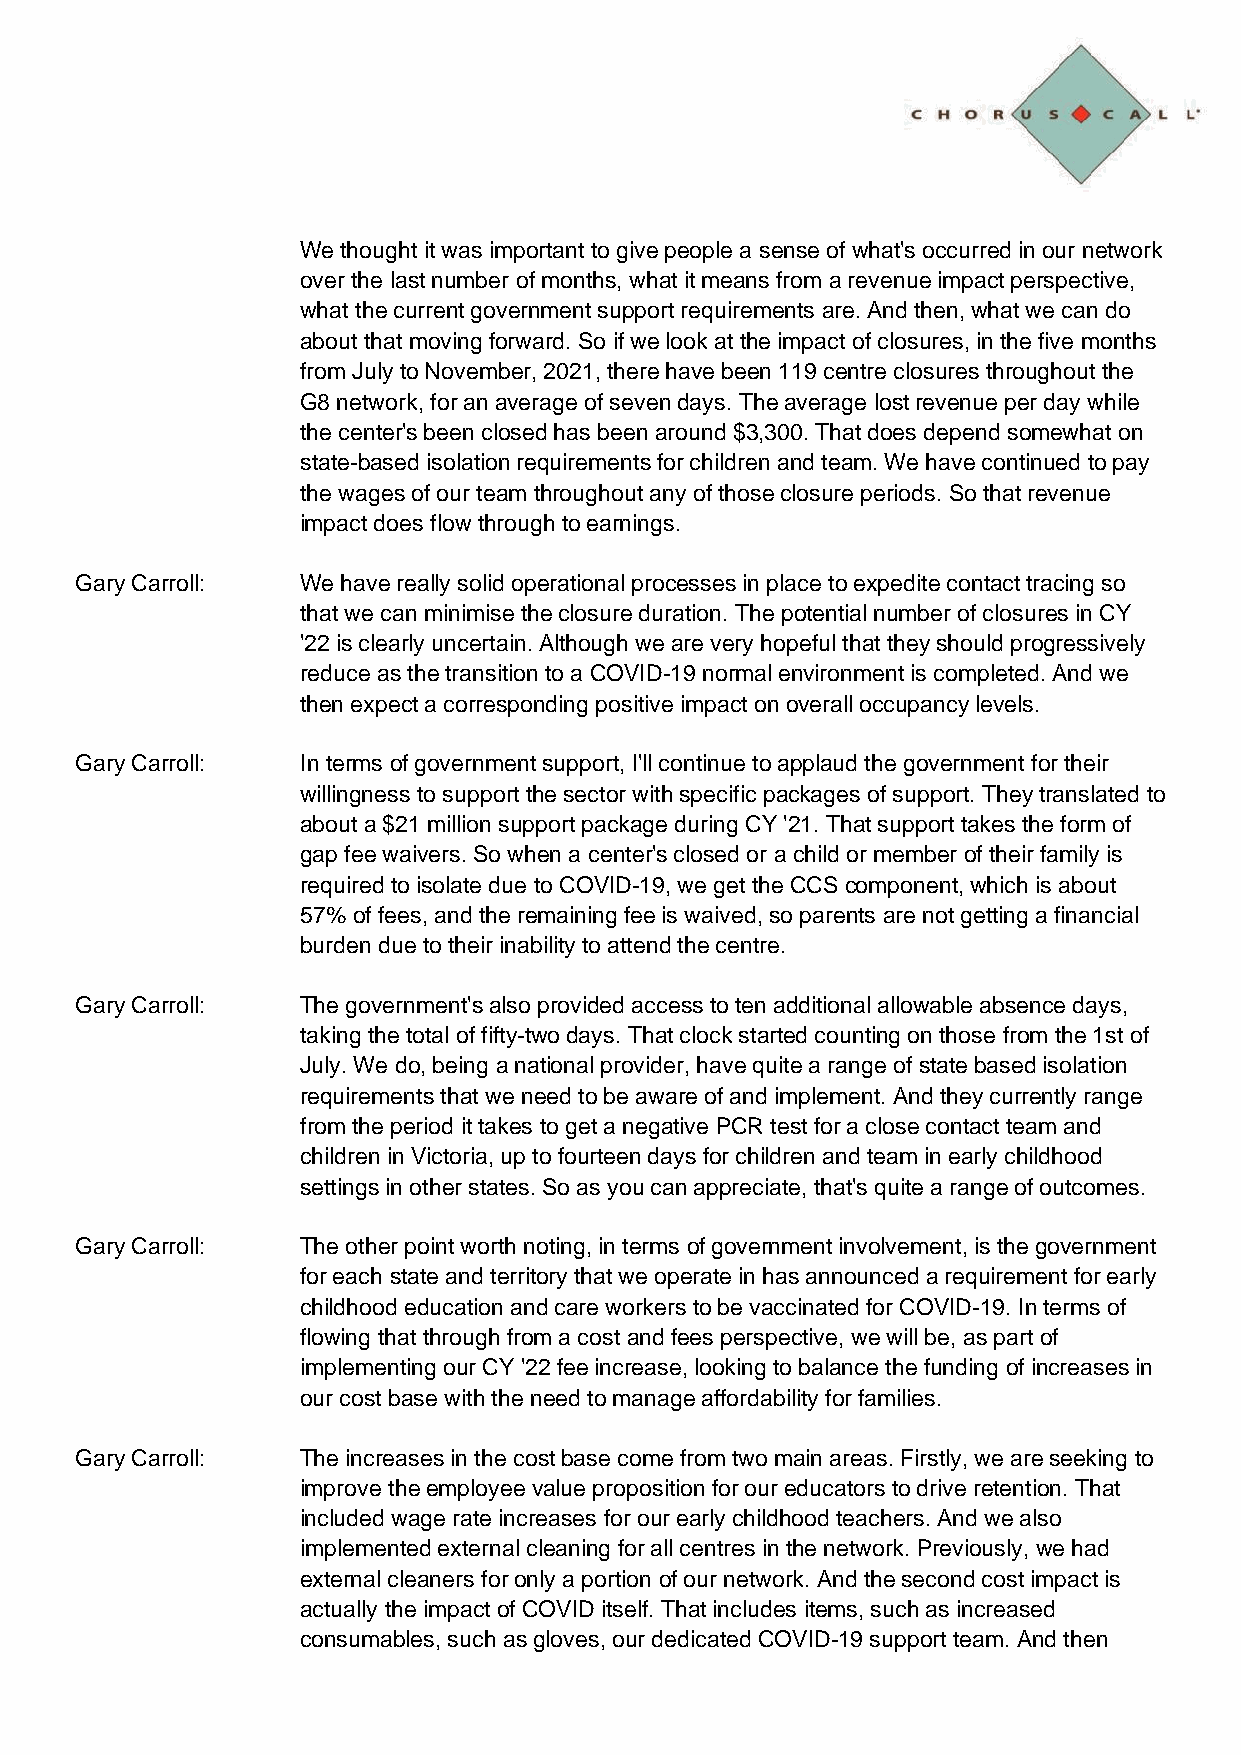
We thought it was important to give people a sense of what's occurred in our network
 over the last number of months, what it means from a revenue impact perspective,
 what the current government support requirements are. And then, what we can do
 about that moving forward. So if we look at the impact of closures, in the five months
 from July to November, 2021, there have been 119 centre closures throughout the
 G8 network, for an average of seven days. The average lost revenue per day while
 the center's been closed has been around $3,300. That does depend somewhat on
 state-based isolation requirements for children and team. We have continued to pay
 the wages of our team throughout any of those closure periods. So that revenue
 impact does flow through to earnings.
 Gary Carroll:  We have really solid operational processes in place to expedite contact tracing so
 that we can minimise the closure duration. The potential number of closures in CY
 '22 is clearly uncertain. Although we are very hopeful that they should progressively
 reduce as the transition to a COVID-19 normal environment is completed. And we
 then expect a corresponding positive impact on overall occupancy levels.
 Gary Carroll:  In terms of government support, I'll continue to applaud the government for their
 willingness to support the sector with specific packages of support. They translated to
 about a $21 million support package during CY '21. That support takes the form of
 gap fee waivers. So when a center's closed or a child or member of their family is
 required to isolate due to COVID-19, we get the CCS component, which is about
 57% of fees, and the remaining fee is waived, so parents are not getting a financial
 burden due to their inability to attend the centre.
 Gary Carroll:  The government's also provided access to ten additional allowable absence days,
 taking the total of fifty-two days. That clock started counting on those from the 1st of
 July. We do, being a national provider, have quite a range of state based isolation
 requirements that we need to be aware of and implement. And they currently range
 from the period it takes to get a negative PCR test for a close contact team and
 children in Victoria, up to fourteen days for children and team in early childhood
 settings in other states. So as you can appreciate, that's quite a range of outcomes.
 Gary Carroll:  The other point worth noting, in terms of government involvement, is the government
 for each state and territory that we operate in has announced a requirement for early
 childhood education and care workers to be vaccinated for COVID-19. In terms of
 flowing that through from a cost and fees perspective, we will be, as part of
 implementing our CY '22 fee increase, looking to balance the funding of increases in
 our cost base with the need to manage affordability for families.
 Gary Carroll:  The increases in the cost base come from two main areas. Firstly, we are seeking to
 improve the employee value proposition for our educators to drive retention. That
 included wage rate increases for our early childhood teachers. And we also
 implemented external cleaning for all centres in the network. Previously, we had
 external cleaners for only a portion of our network. And the second cost impact is
 actually the impact of COVID itself. That includes items, such as increased
 consumables, such as gloves, our dedicated COVID-19 support team. And then